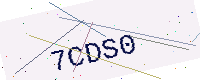
Text: 7CDS0